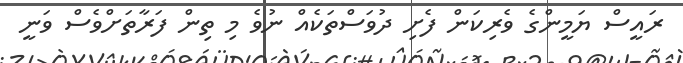
ރައީސް ޔަމީންގެ ވެރިކަން ފެށި ދުވަސްތަކެއް ނުވެ މި ތިން ފަރާތަށްވެސް ވަނީ